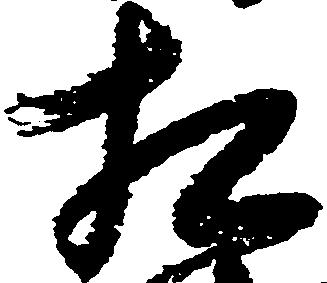
相